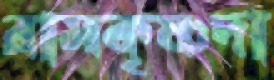
রামকৃষ্ণদা